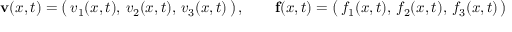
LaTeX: \mathbf { v } ( { \boldsymbol { x } } , t ) = { \big ( } \, v _ { 1 } ( { \boldsymbol { x } } , t ) , \, v _ { 2 } ( { \boldsymbol { x } } , t ) , \, v _ { 3 } ( { \boldsymbol { x } } , t ) \, { \big ) } \, , \qquad \mathbf { f } ( { \boldsymbol { x } } , t ) = { \big ( } \, f _ { 1 } ( { \boldsymbol { x } } , t ) , \, f _ { 2 } ( { \boldsymbol { x } } , t ) , \, f _ { 3 } ( { \boldsymbol { x } } , t ) \, { \big ) }